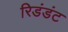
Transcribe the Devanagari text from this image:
रिडंडंट